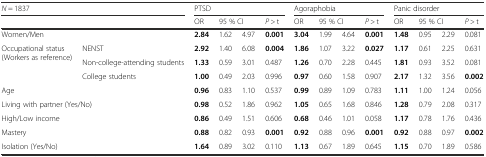
| <COLSPAN=2> N = 1837 | <COLSPAN=4> PTSD | <COLSPAN=4> Agoraphobia | <COLSPAN=4> Panic disorder |
 | <COLSPAN=2>  | OR | <COLSPAN=2> 95 % CI | P > t | OR | <COLSPAN=2> 95 % CI | P > t | OR | <COLSPAN=2> 95 % CI | P > t |
 | --- | --- | --- | --- | --- | --- | --- | --- | --- | --- | --- | --- | --- | --- |
 | <COLSPAN=2> Women/Men | 2.84 | 1.62 | 4.97 | 0.001 | 3.04 | 1.99 | 4.64 | 0.001 | 1.48 | 0.95 | 2.29 | 0.081 |
 | <ROWSPAN=3> Occupational status (Workers as reference) | NENST | 2.92 | 1.40 | 6.08 | 0.004 | 1.86 | 1.07 | 3.22 | 0.027 | 1.17 | 0.61 | 2.25 | 0.631 |
 | Non-college-attending students | 1.33 | 0.59 | 3.01 | 0.487 | 1.26 | 0.70 | 2.28 | 0.445 | 1.81 | 0.93 | 3.52 | 0.081 |
 | College students | 1.00 | 0.49 | 2.03 | 0.996 | 0.97 | 0.60 | 1.58 | 0.907 | 2.17 | 1.32 | 3.56 | 0.002 |
 | <COLSPAN=2> Age | 0.96 | 0.83 | 1.10 | 0.537 | 0.99 | 0.89 | 1.09 | 0.783 | 1.11 | 1.00 | 1.24 | 0.056 |
 | <COLSPAN=2> Living with partner (Yes/No) | 0.98 | 0.52 | 1.86 | 0.962 | 1.05 | 0.65 | 1.68 | 0.846 | 1.28 | 0.79 | 2.08 | 0.317 |
 | <COLSPAN=2> High/Low income | 0.86 | 0.49 | 1.51 | 0.606 | 0.68 | 0.46 | 1.01 | 0.058 | 1.17 | 0.78 | 1.76 | 0.436 |
 | <COLSPAN=2> Mastery | 0.88 | 0.82 | 0.93 | 0.001 | 0.92 | 0.88 | 0.96 | 0.001 | 0.92 | 0.88 | 0.97 | 0.002 |
 | <COLSPAN=2> Isolation (Yes/No) | 1.64 | 0.89 | 3.02 | 0.110 | 1.13 | 0.67 | 1.89 | 0.645 | 1.15 | 0.70 | 1.89 | 0.586 |